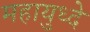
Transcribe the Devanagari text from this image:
महायुध्दे